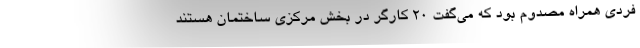
فردی همراه مصدوم بود که می‌گفت ۲۰ کارگر در بخش مرکزی ساختمان هستند